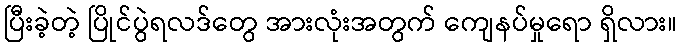
ပြီးခဲ့တဲ့ ပြိုင်ပွဲရလဒ်တွေ အားလုံးအတွက် ကျေနပ်မှုရော ရှိလား။